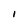
Character: I